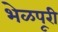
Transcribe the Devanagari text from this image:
भेळपूरी